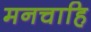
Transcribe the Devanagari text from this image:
मनचाहि